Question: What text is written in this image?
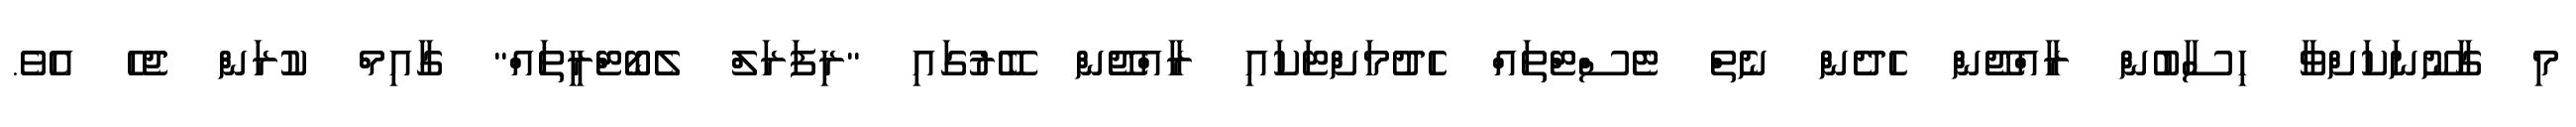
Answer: މި ގާނޫނަކަށްވާ ހިސާބުން ރާއްޖޭން ހެދެން ނެތް ޓެސްޓްތައް ހެދުމަށްޓަކައި ރާއްޖޭން ބޭރުގައި "ރިފަރަލް ލެބޯޓްރީތައް" ގާއިމް ކުރަން ޖެހެ އެވެ.